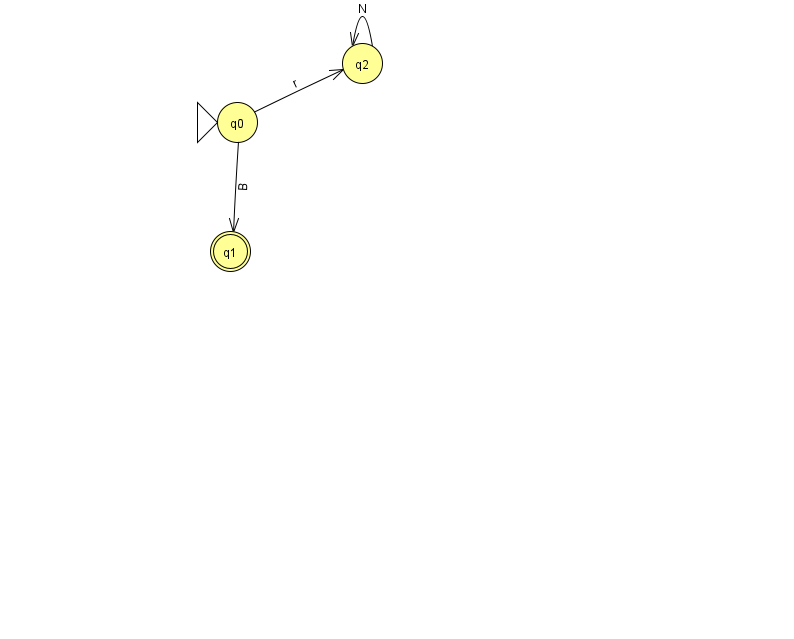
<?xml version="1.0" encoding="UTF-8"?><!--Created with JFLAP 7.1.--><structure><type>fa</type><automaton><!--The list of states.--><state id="0" name="q0"><x>237.0</x><y>109.0</y><initial/></state><state id="1" name="q1"><x>230.0</x><y>238.0</y><final/></state><state id="2" name="q2"><x>362.0</x><y>50.0</y></state><!--The list of transitions.--><transition><from>0</from><to>2</to><read>r</read></transition><transition><from>0</from><to>1</to><read>B</read></transition><transition><from>2</from><to>2</to><read>N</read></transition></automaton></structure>